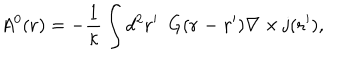
A ^ { 0 } ( { \bf r } ) = - \frac { 1 } { \kappa } \int d ^ { 2 } { \bf { r ^ { \prime } } } ~ ~ G ( { \bf r - r ^ { \prime } } ) { \bf \nabla } \times { \bf { j } } ( { \bf { r ^ { \prime } } } ) ,